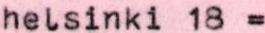
helsinki 18 =